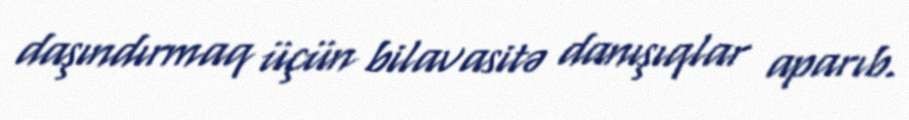
daşındırmaq üçün bilavasitə danışıqlar aparıb.